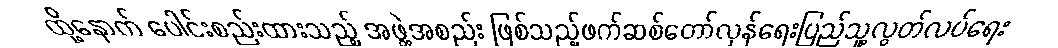
ထို့နောက် ပေါင်းစည်းထားသည့် အဖွဲ့အစည်း ဖြစ်သည့်ဖက်ဆစ်တော်လှန်ရေးပြည်သူ့လွတ်လပ်ရေး